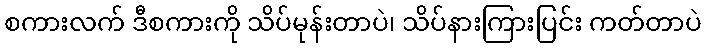
စကားလက် ဒီစကားကို သိပ်မုန်းတာပဲ၊ သိပ်နားကြားပြင်း ကတ်တာပဲ